Medical and sanitary report on the native army of Bombay for the year
Year: 1879
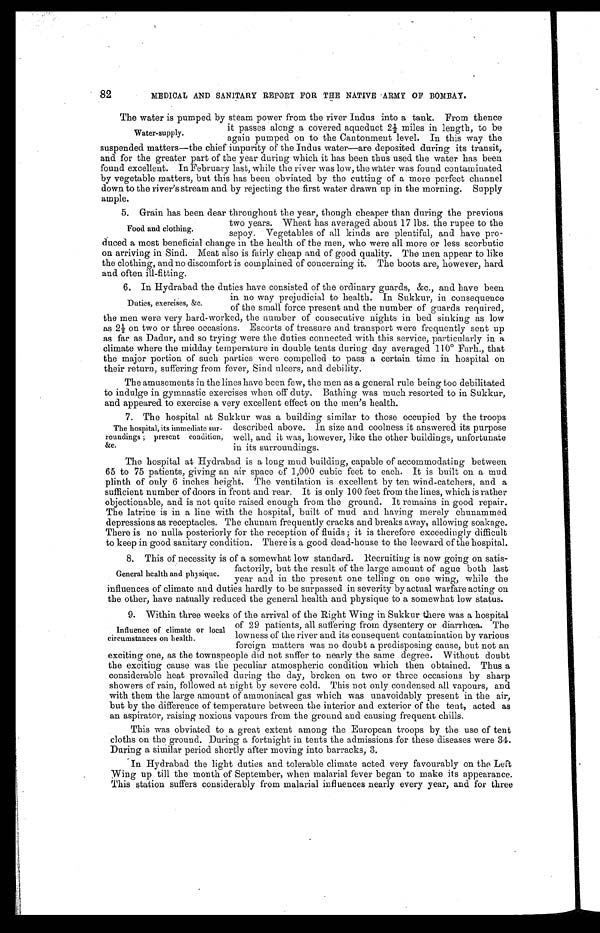
82
MEDICAL AND SANITARY REPORT FOR THE NATIVE -ARMY OF BOMBAY.
The water is pumped by steam power from the river Indus into a tank. From thence
it passes along a covered aqueduct 2½ miles in length, to be
Water-supply.
again pumped on to the Cantonment level. In this way the
suspended matters—the chief impurity of the Indus water—are deposited during its transit,
and for the greater part of the year during which it has been thus used the water has been
found excellent. In February last, while the river was low, the water was found contaminated
by vegetable matters, but this has been obviated by the cutting of a more perfect channel
down to the river's stream and by rejecting the first water drawn up in the morning. Supply
ample.
5. Grain has been dear throughout the year, though cheaper than during the previous
two years. Wheat has averaged about 17 lbs. the rupee to the
Food and clothing.
sepoy. Vegetables of all kinds are plentiful, and have pro
- d u c e d a m o s t b e n e f i c i a l c h a n g e i n t h e h e a l t h o f t h e m e n , w h o w e r e a l l m o r e o r l e s s s c o r b u t i c
on arriving in Sind. Meat also is fairly cheap and of good quality. The men appear to like
the clothing, and no discomfort is complained of concerning it. The boots are, however, hard
and often ill-fitting.
6. In Hyderabad the duties have consisted of the ordinary guards, &c., and have been
in no way prejudicial to health. In Sukkur, in consequence
Duties, exercises, &c. of the small force present and the number of guards required,
the men were very hard-worked, the number of consecutive nights in bed sinking as low
a s 2 ½ o n t w o o r t h r e e o c c a s i o n s . E s c o r t s o f t r e a s u r e a n d t r a n s p o r t w e r e f r e q u e n t l y s e n t u p
as far as Dadur, and so trying were the duties connected with this service, particularly in
climate where the midday temperature in double tents during day averaged 110° Farh., that
the major portion of such parties were compelled to pass a certain time in hospital on
their return, suffering from fever, Sind ulcers, and debility.
The amusements in the lines have been few, the men as a general rule being too debilitated
to indulge in gymnastic exercises when off duty. Bathing was much resorted to in Sukkur,
and appeared to exercise a very excellent effect on the men's health.
7. The hospital at Sukkur was a building similar to those occupied by the troops
The hospital, its immediate sur- described above. In size and coolness it answered its purpose
roundings; present condition, well, and it was, however, like the other buildings, unfortunate
&C.in its surroundings.
The hospital at Hydrabad is a long mud building, capable of accommodating between
65 to 75 patients, giving an air space of 1,000 cubic feet to each. It is built on a mud
plinth of only 6 inches height. The ventilation is excellent by ten wind-catchers, and a
sufficient number of doors in front and rear. It is only 100 feet from the lines, which is rather
objectionable, and is not quite raised enough from the ground. It remains in good repair.
The latrine is in a line with the hospital, built of mud and having merely chunammed
depressions as receptacles. The chunam frequently cracks and breaks away, allowing soakage.
There is no nulla posteriorly for the reception of fluids ; it is therefore exceedingly difficult
to keep in good sanitary condition. There is a good dead-house to the leeward of the hospital.
8. This of necessity is of a somewhat low standard. Recruiting is now going on satis-
factorily, but the result of the large amount of ague both last
General health and physique. year and in the present one telling on one wing, while the
influences of climate and duties hardly to be surpassed in severity by actual warfare acting on
the other, have natually reduced the general health and physique to a somewhat low status.
9. Within three weeks of the arrival of the Right Wing in Sukkur there was a hospital
of 29 patients, all suffering from dysentery or diarrhœa. The
Influence of climate or local
.
on
circumstances i
clowness of the river and its consequent contamination by various
foreign matters was no doubt a predisposing cause, but not an
exciting one, as the townspeople did not suffer to nearly .the same degree. Without doubt
the exciting cause was the peculiar atmospheric condition which then obtained. Thus a
considerable heat prevailed during the day, broken on two or three occasions by sharp
showers of rain, followed at night by severe cold. This not only condensed all vapours, and
with them the large amount of ammoniacal gas which was unavoidably present in the air,
but by the difference of temperature between the interior and exterior of the tent, acted as
an aspirator, raising noxious vapours from the ground and causing frequent chills.
This was obviated to a great extent among the European troops by the use of tent
cloths on the ground. During a fortnight in tents the admissions for these diseases were 34.
During a similar period shortly after moving into barracks, 3.
In Hydrabad the light duties and tolerable climate acted very favourably on the Left
Wing up till the month of September, when malarial fever began to make its appearance.
This station suffers considerably from malarial influences nearly every year, and for three